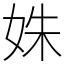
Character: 姝